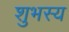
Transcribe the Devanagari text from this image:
शुभस्य